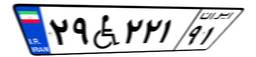
۱۶W۰۵۸۰۷